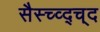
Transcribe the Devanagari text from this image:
सैस्च्व्द्च्द